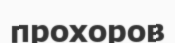
прохоров